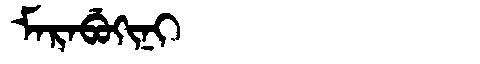
Manchu: ᠮᠠᡵᠠᠪᡠᡴᡳᠨᡳ
Romanization: MARABUKINI